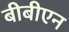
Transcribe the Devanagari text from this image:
बीबीएन